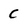
Character: C